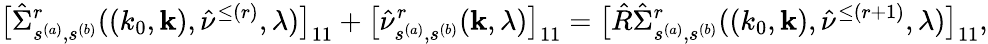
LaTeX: \big[\hat{\Sigma}_{s^{(a)},s^{(b)}}^{r}((k_{0},{\mathbf k}),\hat{\nu}^{\le(r)},\lambda)\big]_{11}+\big[\hat{\nu}_{s^{(a)},s^{(b)}}^{r}({\mathbf k},\lambda)\big]_{11}=\big[\hat{R}\hat{\Sigma}_{s^{(a)},s^{(b)}}^{r}((k_{0},{\mathbf k}),\hat{\nu}^{\le(r+1)},\lambda)\big]_{11},